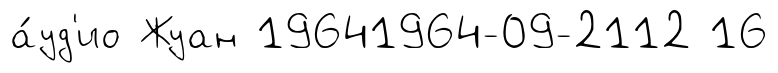
а́уд'ио Жуан 19641964-09-2112 16